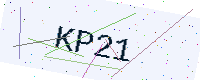
Text: KP21